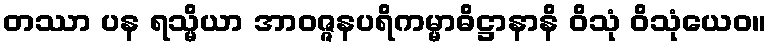
တဿာ ပန ရသ္မိယာ အာဝဇ္ဇနပရိကမ္မာဓိဋ္ဌာနာနိ ဝိသုံ ဝိသုံယေဝ။